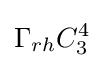
\Gamma _{rh}C_{3}^{4}